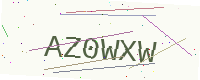
Text: AZ0WXW